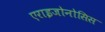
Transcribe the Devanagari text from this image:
एराइजोनोसिस